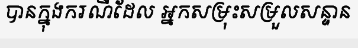
បានក្នុងករណីដែល អ្នកសម្រុះសម្រួលសន្ទាន